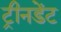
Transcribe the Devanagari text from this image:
ट्रीनडेंट